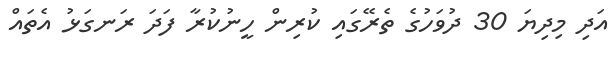
އަދި މިދިޔަ 30 ދުވަހުގެ ތެރޭގައި ކުރިން ހީނުކުރާ ފަދަ ރަނގަޅު އެތައް